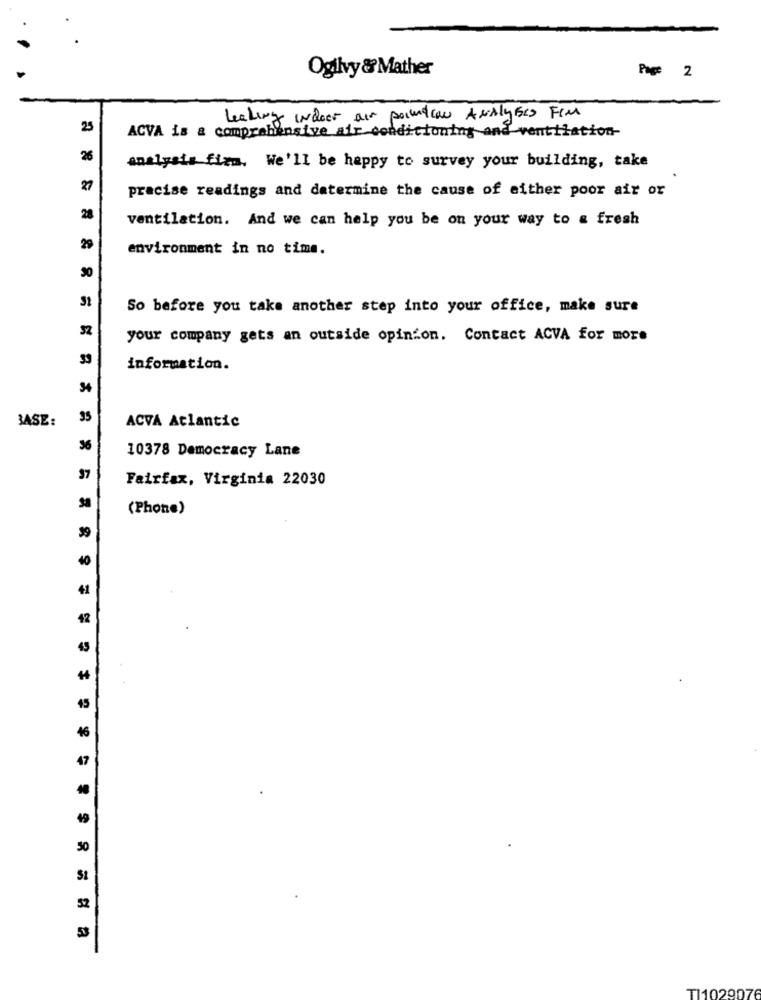
Ogilvy & Mather
Page 2
leaking indoor air poiwdraw Analyses FIM
25
ACVA is a comprehensive air conditioning and ventilation-
26
analysis fizm. We'll be happy to survey your building, take
27
precise readings and determine the cause of either poor air or
28
ventilation. And we can help you be on your way to & fresh
29
environment in no time.
30
So before you take another step into your office, make sure
your company gets an outside opinion. Contact ACVA for more
information.
BASE:
95
ACVA Atlantic
36
10378 Democracy Lane
37
Fairfax, Virginia 22030
(Phone)
39
40
41
42
45
4+
45
46
47
40
49
50
52
TI1029076